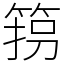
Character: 箉